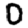
Digit: 0